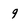
Character: 9